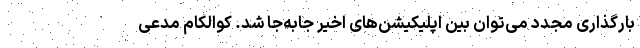
بارگذاری مجدد می‌توان بین اپلیکیشن‌های اخیر جابه‌جا شد. کوالکام مدعی